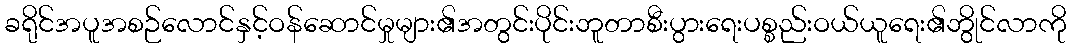
ခရိုင်အပူအစဉ်လောင်နှင့်ဝန်ဆောင်မှုများ၏အတွင်းပိုင်းဘူတာစီးပွားရေးပစ္စည်းဝယ်ယူရေး၏ဘွိုင်လာကို